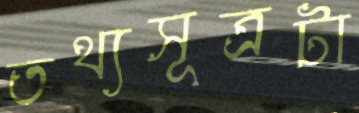
তথ্যসূত্রটা